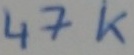
Text: 47K